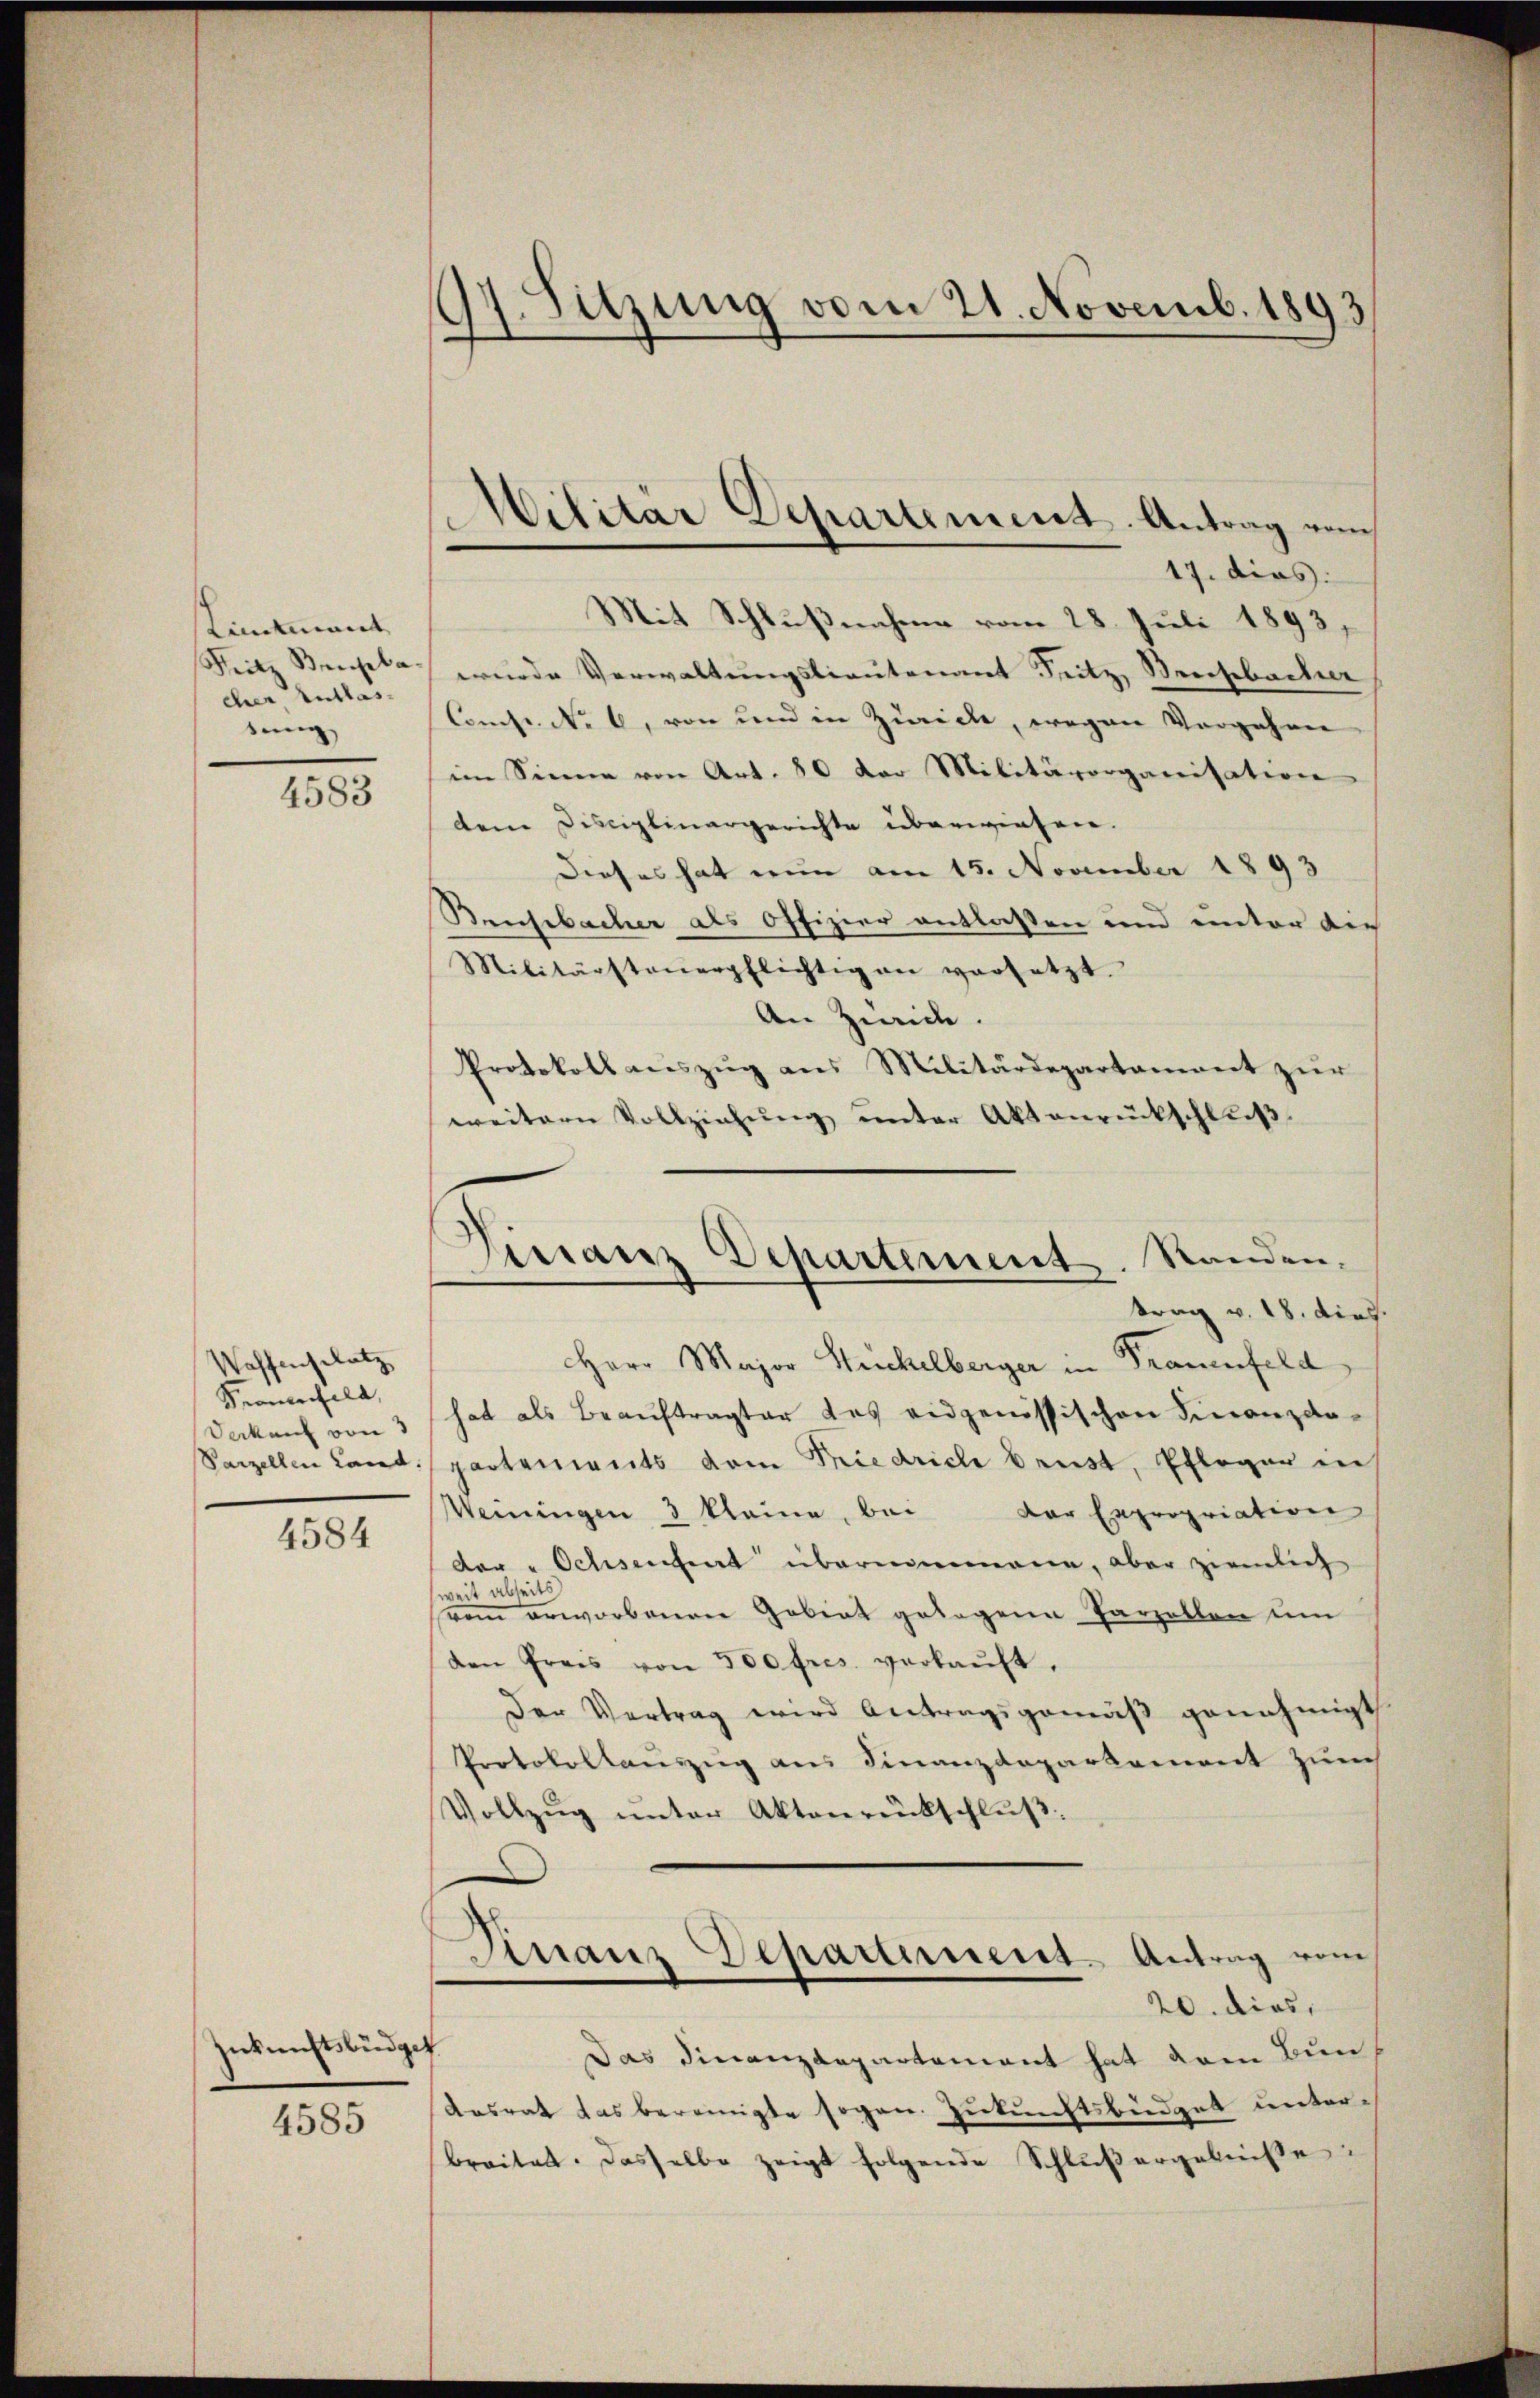
Kimtmant
Seite Beisela
cher, Antlastung

4583

Waffensplatz
Frauenfeld,
Decken von
Parzellen Land

4584

sick nichtsbüdget

4585

97. Sitzung vom 21. Novemb. 1893

Mit Schlußnahme vom 28. Juli 1893,
wurde Verwaltungslieutenant Seitz, Seebacher
Comss. No 6, von und in Zürich, wegen Vorgehen
im Sinne von Art. 80 der Militärorganisation
dem Disciplinargerichte überwiesen.
Dieses hat nun am 15. November 1893
Bensbacher als Offizier entlassen und unter die
Militärsteŭerpflichtigen versetzt.
An Zwic
Protokoll aŭszŭg aŭs Militärdepartament zŭr
weitern Vollziehŭng ŭnter Aktenrückschlŭβ:
Herr Major Huckelberger in Trauenfeld
hat als Beauftragter des eidgenössischen Finanzdo-
partements vom Friedrich brust, Pfleger in
Weiningen 3 kleine, bei der Expropriation
der „Ochsenheit übernommene, aber ziemlich
weit abseits
rem erworbenen Gebiet gelegene Parzellen um
den Preis von 300 fres. verkaŭft,
Der Vertrag wird Antragsgemäß genehmigt
Protokollauszug aus Finanzdeparkament zum
Vollzŭg ŭnter Aktenrückschlŭβ:
Finanz Departiment-Antrag vom
20. dies,
Das Finanzdepartement hat dem Bun¬
Ansrat das bereinigte sogen Zukunftsbüdget unterbreitet. Dasselbe zeigt folgende Schlŭβergebnisse

Militär Departement. Antrag vom
17. dies

Finanz Departement. Standen.
trag v. 18. dies